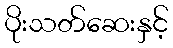
ပိုးသတ်ဆေးနှင့်